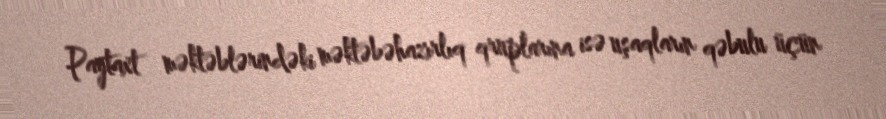
Paytaxt məktəblərindəki məktəbəhazırlıq qruplarına isə uşaqların qəbulu üçün